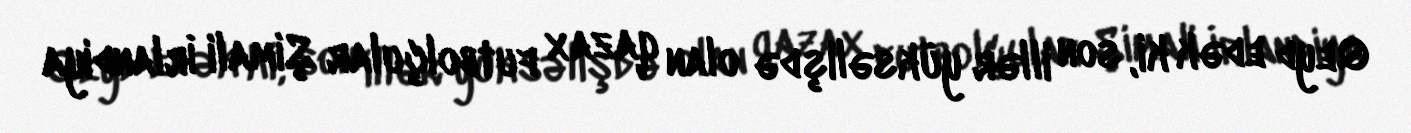
Qeyd edək ki, son illər yüksəlişdə olan qazax futbolçular Şimali İrlandiya